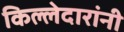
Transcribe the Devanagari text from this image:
किल्लेदारांनी